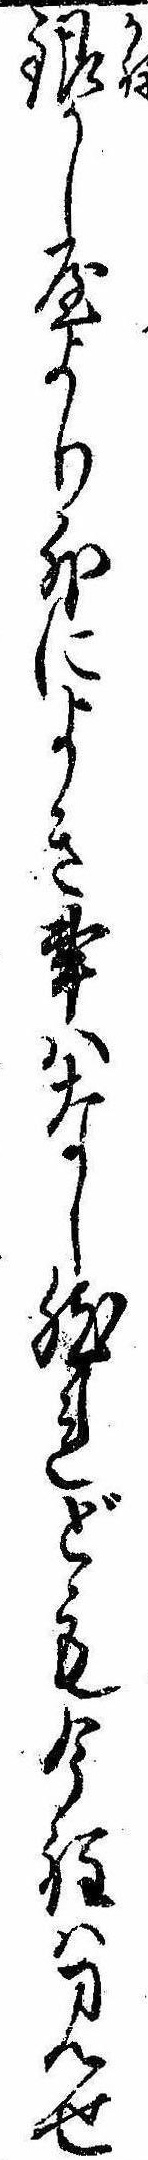
銀かし屋より外によき事はなし然れども今程は見せ